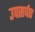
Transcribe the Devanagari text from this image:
उपसर्प०